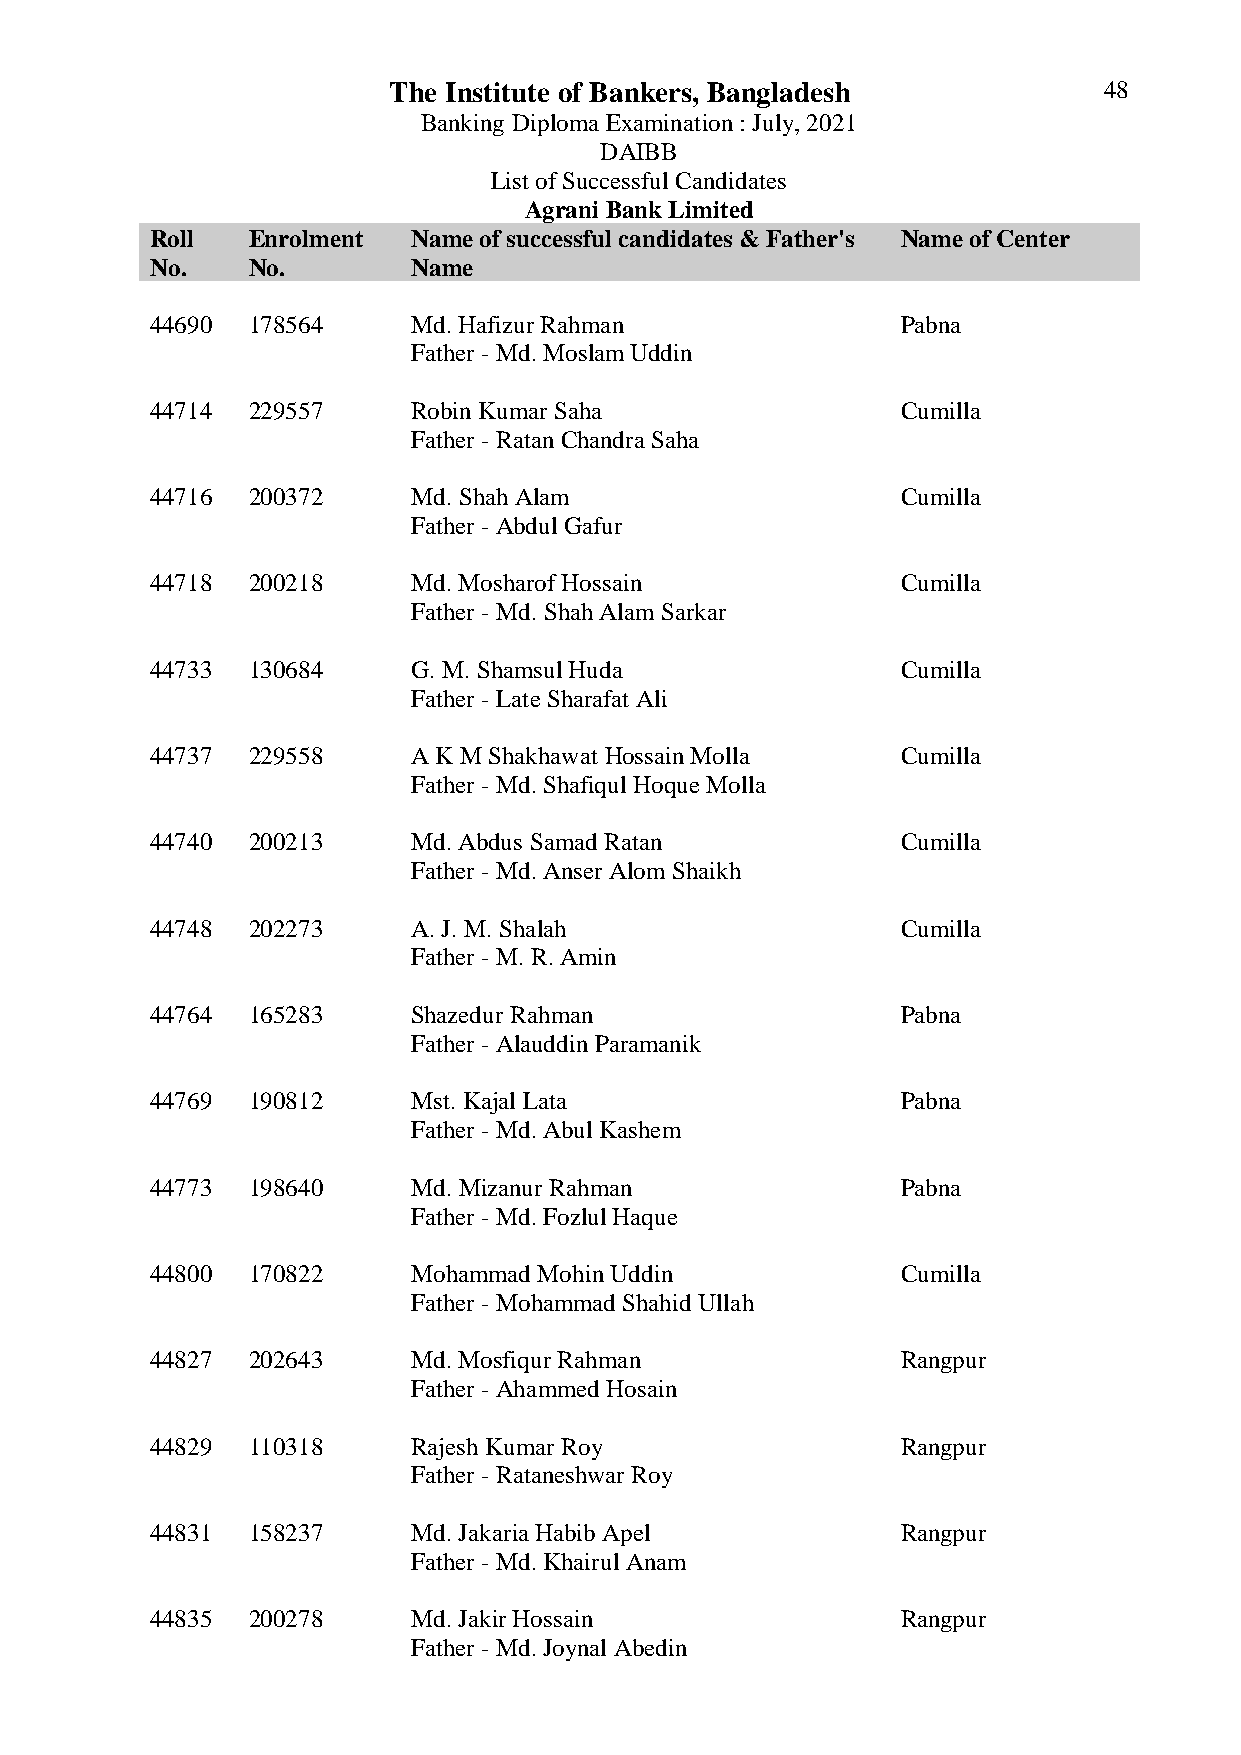
The Institute of Bankers, Bangladesh           48
 Banking Diploma Examination : July, 2021
 DAIBB
 List of Successful Candidates
 Agrani Bank Limited
 Roll  Enrolment  Name of successful candidates & Father's Name of Center
 No.   No.        Name
 44690 178564     Md. Hafizur Rahman               Pabna
 Father - Md. Moslam Uddin
 44714 229557     Robin Kumar Saha                 Cumilla
 Father - Ratan Chandra Saha
 44716 200372     Md. Shah Alam                    Cumilla
 Father - Abdul Gafur
 44718 200218     Md. Mosharof Hossain             Cumilla
 Father - Md. Shah Alam Sarkar
 44733 130684     G. M. Shamsul Huda               Cumilla
 Father - Late Sharafat Ali
 44737 229558     A K M Shakhawat Hossain Molla    Cumilla
 Father - Md. Shafiqul Hoque Molla
 44740 200213     Md. Abdus Samad Ratan            Cumilla
 Father - Md. Anser Alom Shaikh
 44748 202273     A. J. M. Shalah                  Cumilla
 Father - M. R. Amin
 44764 165283     Shazedur Rahman                  Pabna
 Father - Alauddin Paramanik
 44769 190812     Mst. Kajal Lata                  Pabna
 Father - Md. Abul Kashem
 44773 198640     Md. Mizanur Rahman               Pabna
 Father - Md. Fozlul Haque
 44800 170822     Mohammad Mohin Uddin             Cumilla
 Father - Mohammad Shahid Ullah
 44827 202643     Md. Mosfiqur Rahman              Rangpur
 Father - Ahammed Hosain
 44829 110318     Rajesh Kumar Roy                 Rangpur
 Father - Rataneshwar Roy
 44831 158237     Md. Jakaria Habib Apel           Rangpur
 Father - Md. Khairul Anam
 44835 200278     Md. Jakir Hossain                Rangpur
 Father - Md. Joynal Abedin